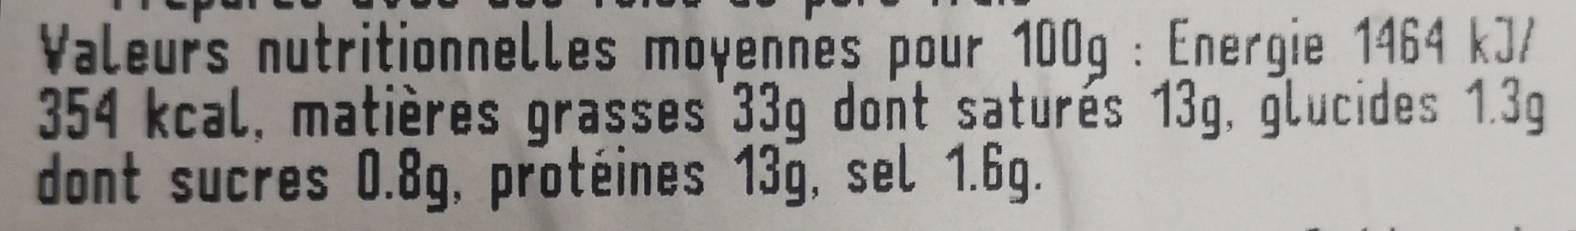
Valeurs nutritionnelles moyennes pour 100g Energie 1464 kJ/ 354 kcal, matières grasses 33g dont saturés 13g, glucides 1.3g dont sucres 0.8g, protéines 13g, sel 1.6g.